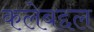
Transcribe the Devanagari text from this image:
कलेबद्दल